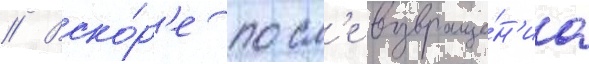
// Вско́р'е посл'е возвраще́н'иа